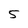
Character: 5